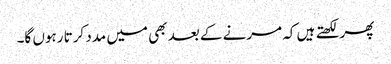
پھر لکھتے ہیں کہ مرنے کے بعد بھی میں مدد کرتا رہوں گا۔